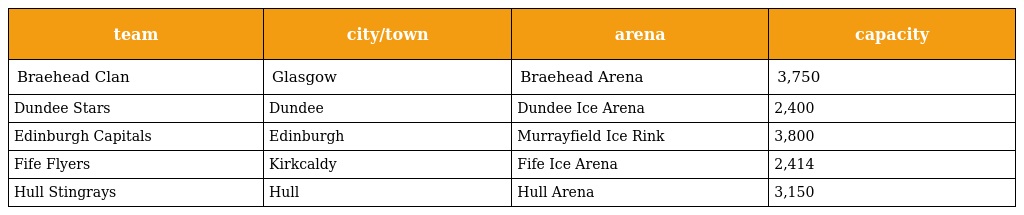
| team | city/town | arena | capacity |
 | --- | --- | --- | --- |
 | Braehead Clan | Glasgow | Braehead Arena | 3,750 |
 | Dundee Stars | Dundee | Dundee Ice Arena | 2,400 |
 | Edinburgh Capitals | Edinburgh | Murrayfield Ice Rink | 3,800 |
 | Fife Flyers | Kirkcaldy | Fife Ice Arena | 2,414 |
 | Hull Stingrays | Hull | Hull Arena | 3,150 |